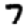
Digit: 7